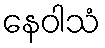
နေဝါသံ